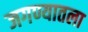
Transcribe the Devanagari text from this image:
जगण्यातला